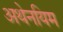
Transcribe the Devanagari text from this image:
अथेनयिम